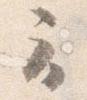
云